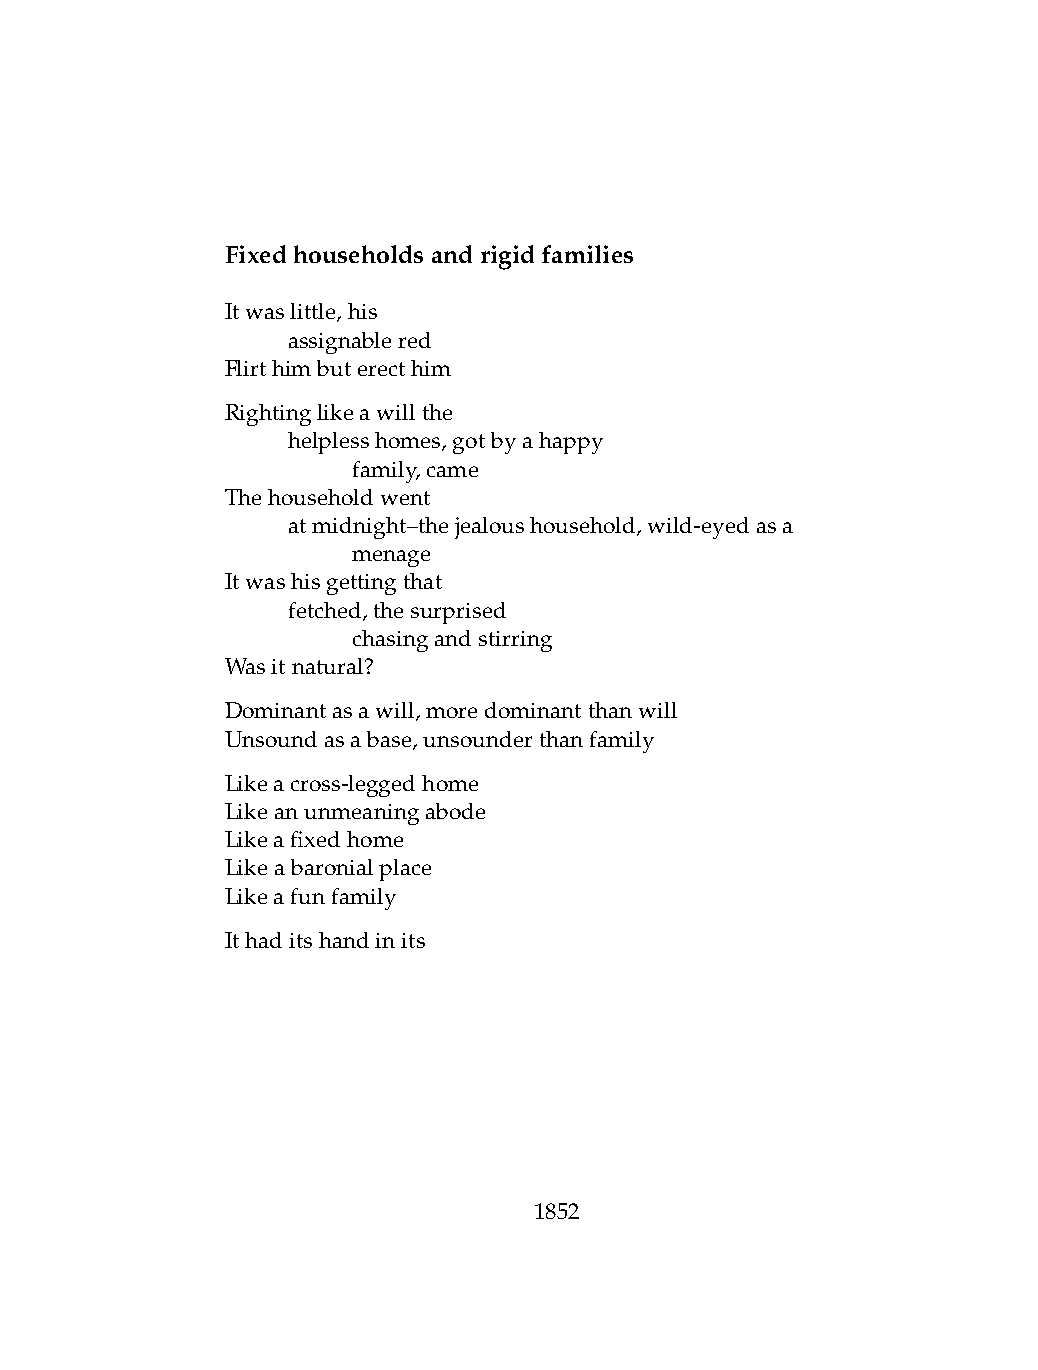
Fixedhouseholdsandrigidfamilies
 Itwaslittle,his
 .   assignablered
 Flirthimbuterecthim
 Rightinglikeawillthe
 .   helplesshomes,gotbyahappy
 .   .   family,came
 Thehouseholdwent
 .   atmidnight–thejealoushousehold,wild-eyedasa
 .   .   menage
 Itwashisgettingthat
 .   fetched,thesurprised
 .   .   chasingandstirring
 Wasitnatural?
 Dominantasawill,moredominantthanwill
 Unsoundasabase,unsounderthanfamily
 Likeacross-leggedhome
 Likeanunmeaningabode
 Likeafixedhome
 Likeabaronialplace
 Likeafunfamily
 Ithaditshandinits
 1852